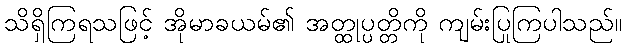
သိရှိကြရသဖြင့် အိုမာခယမ်၏ အတ္ထုပ္ပတ္တိကို ကျမ်းပြုကြပါသည်။